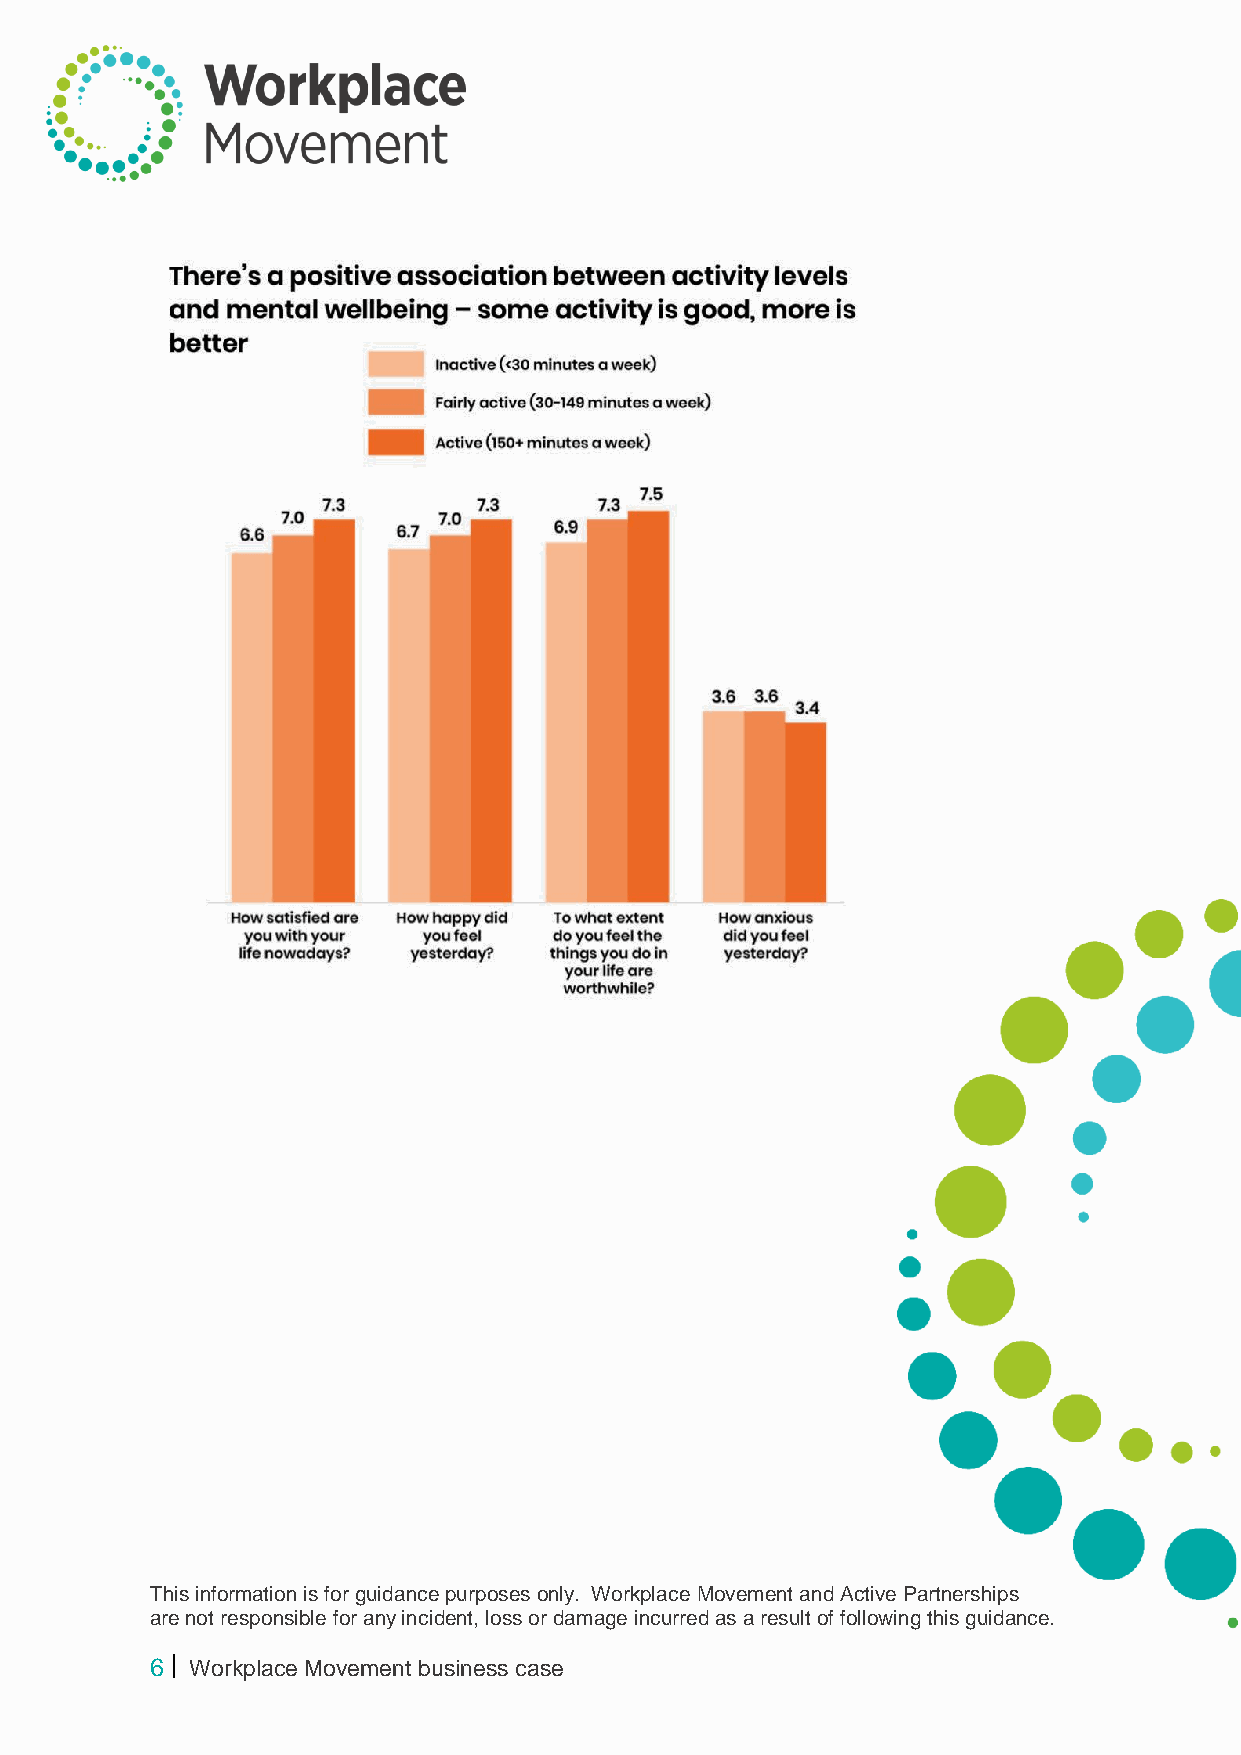
This information is for guidance purposes only. Workplace Movement and Active Partnerships
 are not responsible for any incident, loss or damage incurred as a result of following this guidance.
 6  Workplace Movement business case